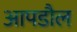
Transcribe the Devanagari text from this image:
आपडौल